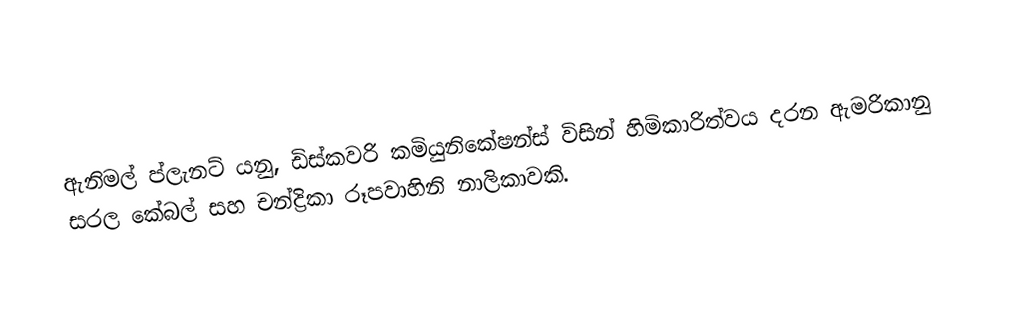
ඇනිමල් ප්ලැනට් යනු,  ඩිස්කවරි කමියුනිකේෂන්ස් විසින් හිමිකාරිත්වය දරන ඇමරිකානු සරල කේබල් සහ චන්ද්‍රිකා රූපවාහිනි නාලිකාවකි.